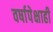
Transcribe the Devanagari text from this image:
वर्षापेक्षाही